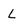
Character: L